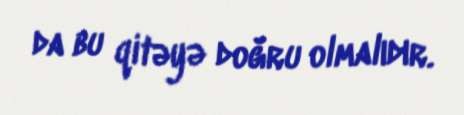
da bu qitəyə doğru olmalıdır.